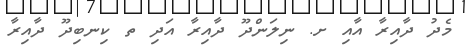
މެދު ދާއިރާ އާއި ށ. ނިލަންދޫ ދާއިރާ އަދި ތ ކިނބިދޫ ދާއިރާ